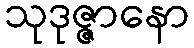
သုဒုဇ္ဇာနော